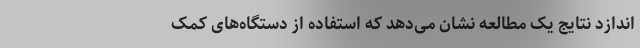
‌اندازد نتایج یک مطالعه نشان می‌دهد که استفاده از دستگاه‌های کمک